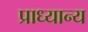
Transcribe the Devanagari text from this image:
प्राध्यान्य